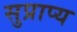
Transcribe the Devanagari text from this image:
सुप्राप्य